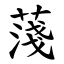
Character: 䔐